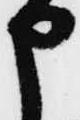
申